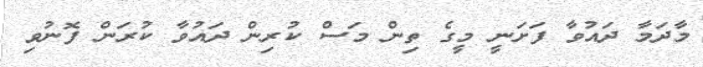
މާދަމާ ދައުވާ ފަށަނީ މީގެ ތިން މަސް ކުރިން ދައުވާ ކުރަން ފޮނުވި